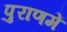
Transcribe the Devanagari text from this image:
पुराणमें